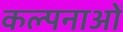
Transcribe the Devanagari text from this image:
कल्‍पनाओं